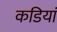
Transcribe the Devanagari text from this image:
कडियां